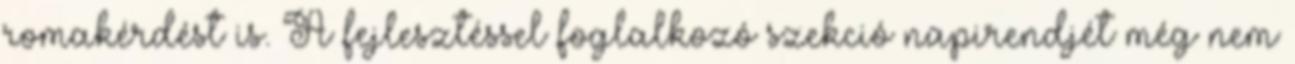
romakérdést is. A fejlesztéssel foglalkozó szekció napirendjét még nem